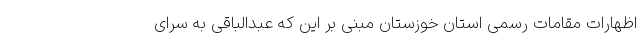
اظهارات مقامات رسمی استان خوزستان مبنی بر این که عبدالباقی به سرای